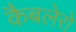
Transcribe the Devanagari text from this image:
कैबलेरो